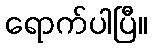
ရောက်ပါပြီ။